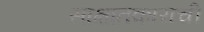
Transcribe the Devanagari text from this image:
साक्षातकाराची